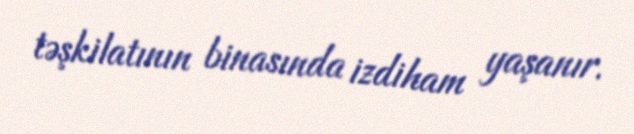
təşkilatının binasında izdiham yaşanır.